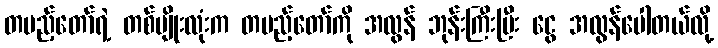
တပည့်တော်ရဲ့ တစ်မျိုးလုံးက တပည့်တော်ကို အလွန် ဘုန်းကြီးပြီး ငွေ အလွန်ပေါတယ်လို့